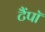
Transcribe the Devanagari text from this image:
टैंपॉ